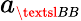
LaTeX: a_{\scriptscriptstyle\textsl{BB}}